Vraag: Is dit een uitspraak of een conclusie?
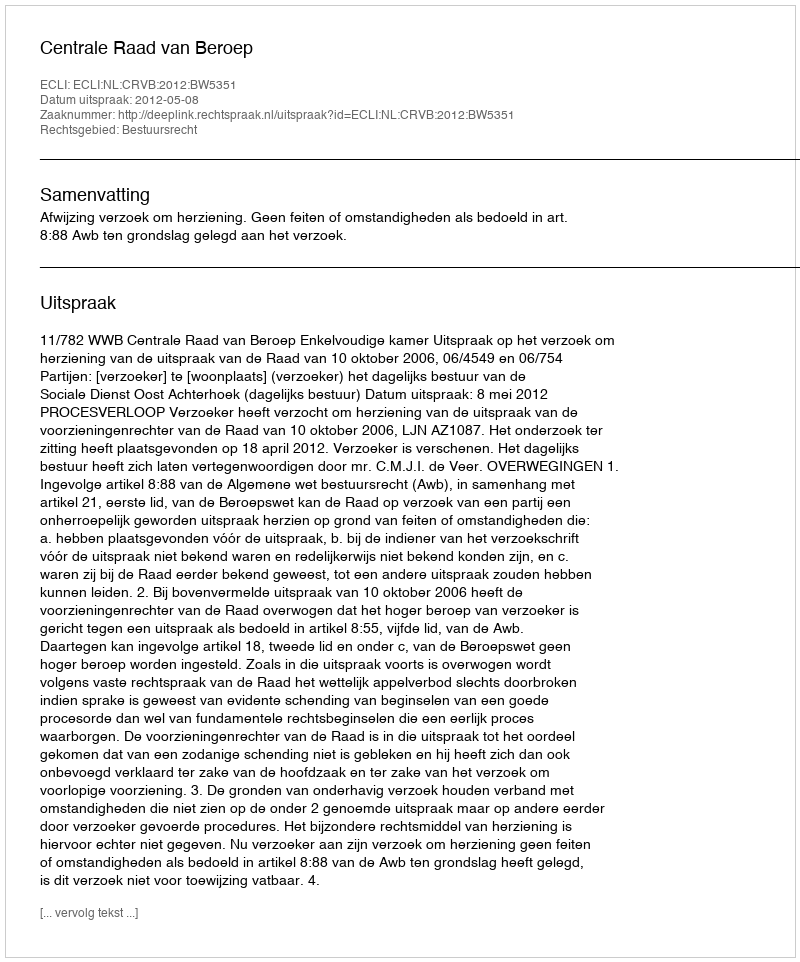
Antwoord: Uitspraak